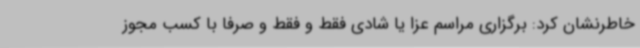
خاطرنشان کرد: برگزاری مراسم عزا یا شادی فقط و فقط و صرفا با کسب مجوز